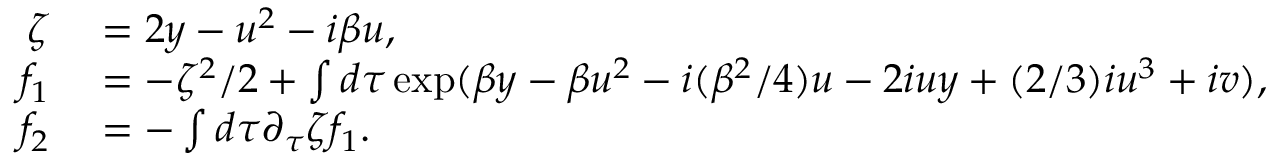
\begin{array} { r l } { \zeta } & { { } = 2 y - u ^ { 2 } - i \beta u , } \\ { f _ { 1 } } & { { } = - \zeta ^ { 2 } / 2 + \int d \tau \exp ( \beta y - \beta u ^ { 2 } - i ( { \beta ^ { 2 } } / { 4 } ) u - 2 i u y + ( { 2 } / { 3 } ) i u ^ { 3 } + i v ) , } \\ { f _ { 2 } } & { { } = - \int d \tau \partial _ { \tau } \zeta f _ { 1 } . } \end{array}